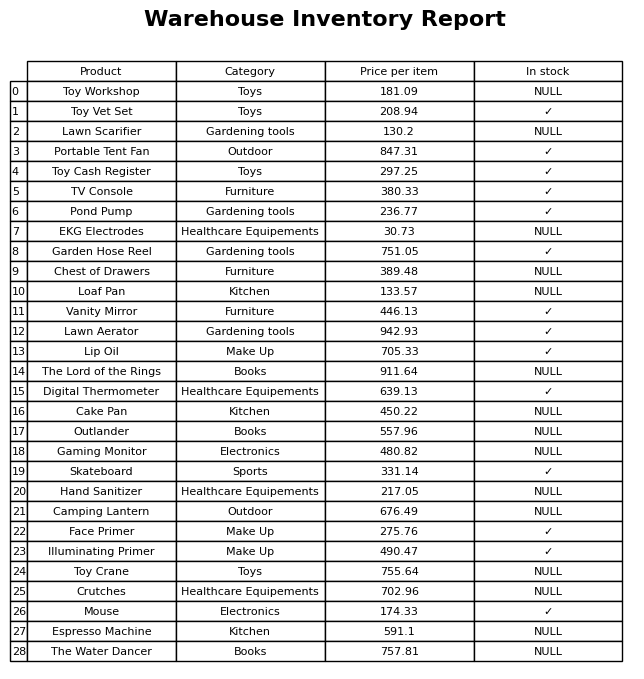
question: What is the price for Loaf Pan?
answer: The price of Loaf Pan is 133.57.